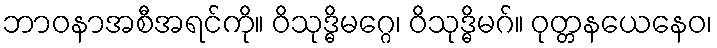
ဘာဝနာအစီအရင်ကို။ ဝိသုဒ္ဓိမဂ္ဂေ၊ ဝိသုဒ္ဓိမဂ်။ ဝုတ္တနယေနေဝ၊